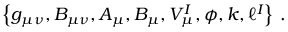
\left\{ g _ { \mu \nu } , B _ { \mu \nu } , A _ { \mu } , B _ { \mu } , V _ { \mu } ^ { I } , \phi , k , \ell ^ { I } \right\} \, .